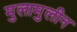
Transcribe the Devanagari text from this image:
मुलामुलीन